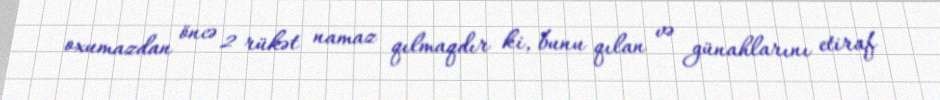
oxumazdan öncə 2 rükət namaz qılmaqdır ki, bunu qılan və günahlarını etiraf